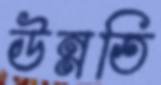
উন্নতি